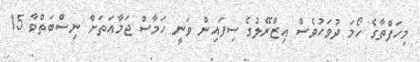
މިހަފްތާގެ ހޯމަ ދުވަހުވެސް އިޒްރޭލުގެ ސިފައިން ވަނީ ހަމާސް ޖަމާއަތަށް ނިސްބަތްވާ 15